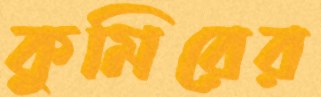
কুমিরের